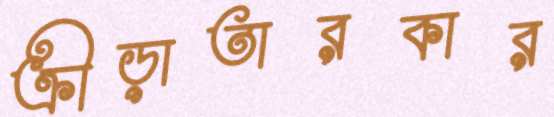
ক্রীড়াতারকার